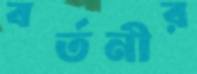
বর্তনীর